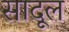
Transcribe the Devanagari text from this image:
सादूल